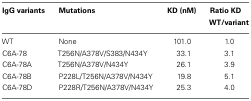
<table><thead><tr><td><b>IgG variants</b></td><td><b>Mutations</b></td><td><b>KD (nM)</b></td><td><b>Ratio KD WT/variant</b></td></tr></thead><tbody><tr><td>WT</td><td>None</td><td>101.0</td><td>1.0</td></tr><tr><td>C6A-78</td><td>T256N/A378V/S383/N434Y</td><td>33.1</td><td>3.1</td></tr><tr><td>C6A-78A</td><td>T256N/A378V/N434Y</td><td>26.1</td><td>3.9</td></tr><tr><td>C6A-78B</td><td>P228L/T256N/A378V/N434Y</td><td>19.8</td><td>5.1</td></tr><tr><td>C6A-78D</td><td>P228R/T256N/A378V/N434Y</td><td>25.3</td><td>4.0</td></tr></tbody></table>